Materia medica of Madras volume I
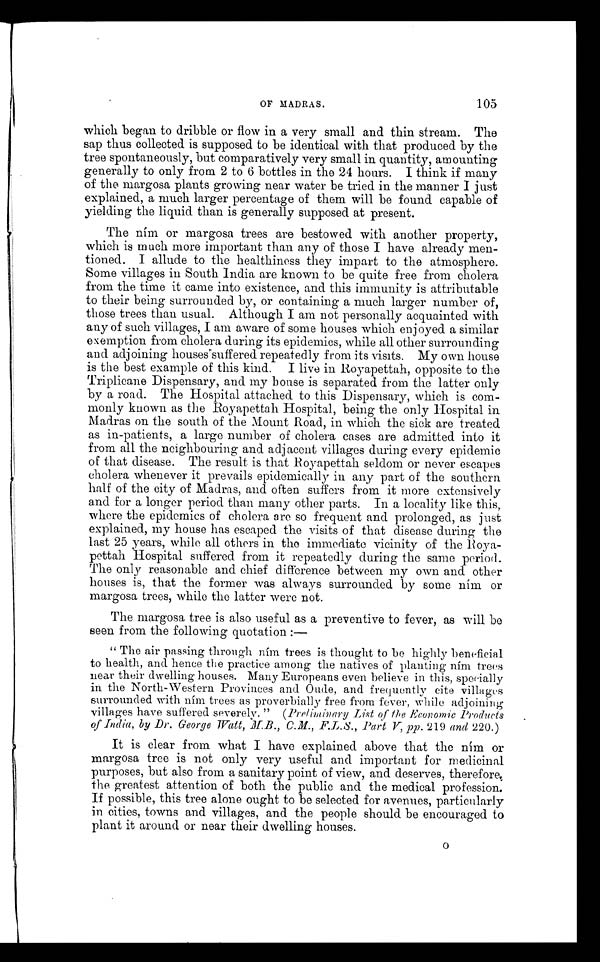
OF MADRAS.
105
which began to dribble or flow in a very small and thin stream. The
sap thus collected is supposed to be identical with that produced by the
tree spontaneously, but comparatively very small in quantity, amounting
generally to only from 2 to 6 bottles in the 24 hours. I think if many
of the margosa plants growing near water be tried in the manner I just
explained, a much larger percentage of them will be found capable of
yielding the liquid than is generally supposed at present.
The ním or margosa trees are bestowed with another property,
which is much more important than any of those I have already men-
tioned. I allude to the healthiness they impart to the atmosphere.
Some villages in South India are known to be quite free from cholera
from the time it came into existence, and this immunity is attributable
to their being surrounded by, or containing a much larger number of,
those trees than usual. Although I am not personally acquainted with
any of such villages, I am aware of some houses which enjoyed a similar
exemption from cholera during its epidemics, while all other surrounding
and adjoining houses suffered repeatedly from its visits. My own house
is the best example of this kind. I live in Royapettah, opposite to the
Triplicane Dispensary, and my house is separated from the latter only
by a road. The Hospital attached to this Dispensary, which is com-
monly known as the Royapettah Hospital, being the only Hospital in
Madras on the south of the Mount Road, in which the sick are treated
as in-patients, a large number of cholera cases are admitted into it
from all the neighbouring and adjacent villages during every epidemic
of that disease. The result is that Royapettah seldom or never escapes
cholera whenever it prevails epidemically in any part of the southern
half of the city of Madras, and often suffers from it more extensively
and for a longer period than many other parts. In a locality like this,
where the epidemics of cholera are so frequent and prolonged, as just
explained, my house has escaped the visits of that disease during the
last 25 years, while all others in the immediate vicinity of the
Roya-pettah Hospital suffered from it repeatedly during the same period.
The only reasonable and chief difference between my own and other
houses is, that the former was always surrounded by some ním or
margosa trees, while the latter were not.
The margosa tree is also useful as a preventive to fever, as will be
seen from the following quotation : —
The " T h e a i r p a s s i n g t h r o u g h n í m t r e e s i s t h o u g h t t o b e h i g h l y b e n e f i c i a l
to health, and hence the practice among the natives of planting
ním
trees
near their dwelling houses. Many Europeans even believe in this, specially
in the North-Western Provinces and Oude, and frequently cite villages
surrounded with ním trees as proverbially free from fever, while adjoining
villages have suffered severely." ( Preliminary List of the Economic Products
of India, by Dr. George Watt, M.B., C.M., F.L.S., Part V, pp. 219 and 220.)
It is clear from what I have explained above that the ním or
margosa tree is not only very useful and important for medicinal
purposes, but also from a sanitary point of view, and deserves, therefore
the greatest attention of both the public and the medical profession.
If possible, this tree alone ought to be selected for avenues, particularly
in cities, towns and villages, and the people should be encouraged to
plant it around or near their dwelling houses.
o